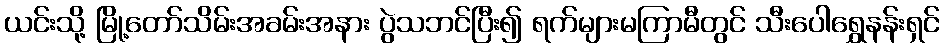
ယင်းသို့ မြို့တော်သိမ်းအခမ်းအနား ပွဲသဘင်ပြီး၍ ရက်များမကြာမီတွင် သီးပေါရွှေနန်းရှင်